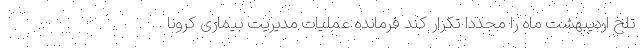
تلخ اردیبهشت ماه را مجددا تکرار کند فرمانده عملیات مدیریت بیماری کرونا